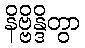
နိဗ္ဗိန္ဒိတွာ